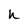
Character: n